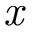
\emph { x }